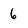
Character: 6